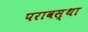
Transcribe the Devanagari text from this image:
परावस्था